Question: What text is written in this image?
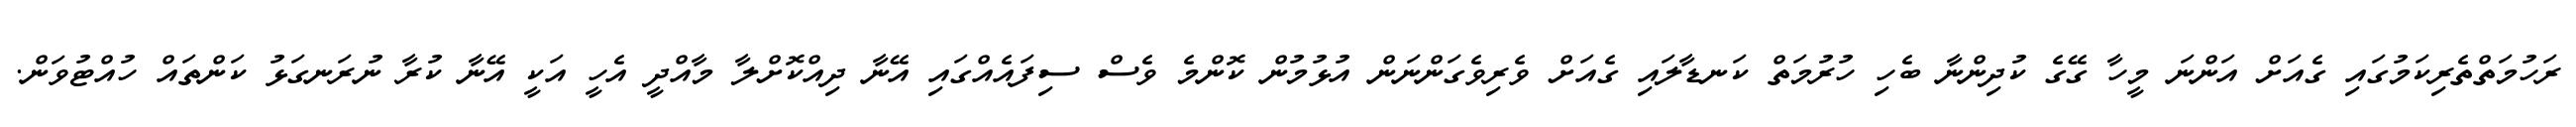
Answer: ރަހުމަތްތެރިކަމުގައި ގެއަށް އަންނަ މީހާ ގޭގެ ކުދިންނާ ބެހި ހުރުމަތް ކަނޑާލައި ގެއަށް ވެރިވެގަންނަން އުޅުމުން ކޮންމެ ވެސް ސިފައެއްގައި އޭނާ ދިއްކޮށްލާ މާއްދީ އެހީ އަކީ އޭނާ ކުރާ ނުރަނގަޅު ކަންތައް ހުއްޓުވަން.